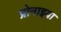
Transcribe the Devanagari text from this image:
प्रोनाइया